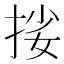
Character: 𢬰